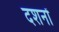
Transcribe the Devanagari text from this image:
दशनों